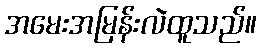
အမေးအမြန်းလဲထူသည်။